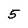
Character: 5